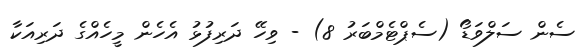
ސެން ސަލްވަޑޯ (ސެޕްޓެމްބަރު 8) - ވިހޭ ދަރިފުޅު އެހެން މީހެއްގެ ދަރިއަކާ